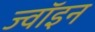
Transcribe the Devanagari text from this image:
ज्‍वॉइन